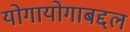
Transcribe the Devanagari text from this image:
योगायोगाबद्दल